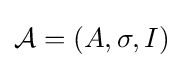
{\mathcal {A}}=(A,\sigma ,I)